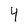
Character: 4